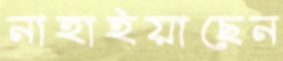
নাহাইয়াছেন